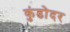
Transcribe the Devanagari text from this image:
कुंडोदर